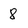
Character: 8